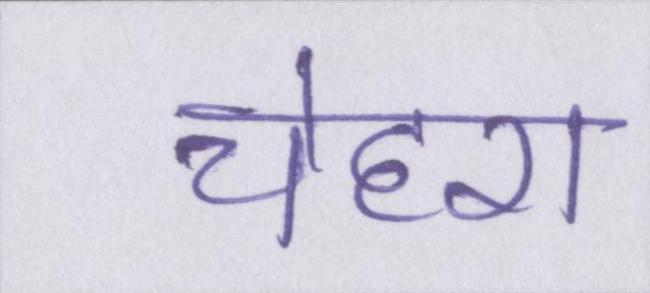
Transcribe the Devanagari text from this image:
चेहरा